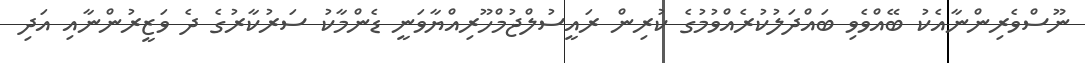
ނޫސްވެރިންނާއެކު ބޭއްވެވި ބައްދަލުކުރެއްވުމުގެ ކުރިން ރައީސުލްޖުމްހޫރިއްޔާވަނީ ޑެންމާކު ސަރުކާރުގެ ދެ ވަޒީރުންނާއި އަދި